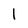
Character: 1